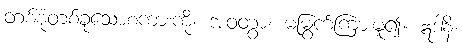
တစ်စုံတစ်ခုသောစကားကို။ အဝတွာ၊ မမြွက်ကြားမူ၍။ ဣဒါနိ၊